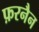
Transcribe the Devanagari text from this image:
फ़रनैन